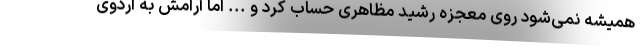
همیشه نمی‌شود روی معجزه رشید مظاهری حساب کرد و ... اما آرامش به اردوی